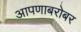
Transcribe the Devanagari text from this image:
आपणाबरोबर